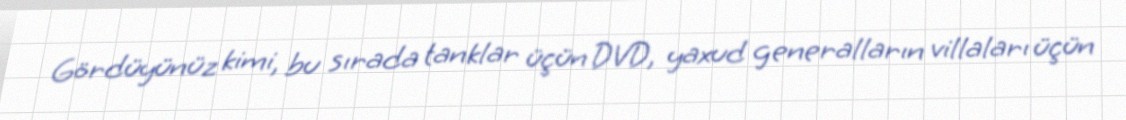
Gördüyünüz kimi, bu sırada tanklar üçün DVD, yaxud generalların villaları üçün